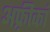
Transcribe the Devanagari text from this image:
अफ़्रीकां